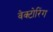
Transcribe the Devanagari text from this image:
वेक्टोरिंग